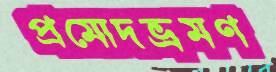
প্রমোদভ্রমণ